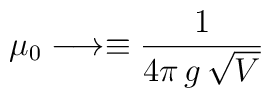
\mu_0\longrightarrow\equiv {1\over 4\pi\,   g\, \sqrt V }